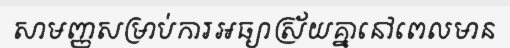
សាមញ្ញសម្រាប់ការអធ្យាស្រ័យគ្នានៅពេលមាន